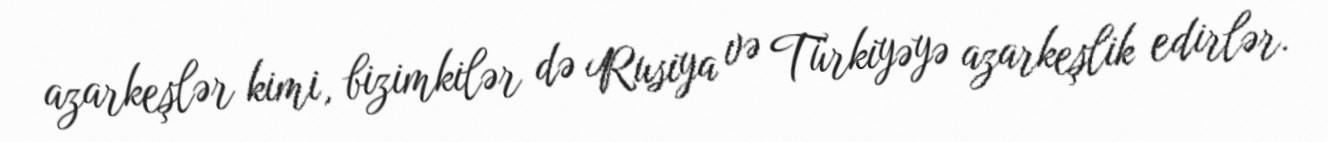
azarkeşlər kimi, bizimkilər də Rusiya və Türkiyəyə azarkeşlik edirlər.